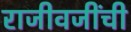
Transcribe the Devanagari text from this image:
राजीवजींची